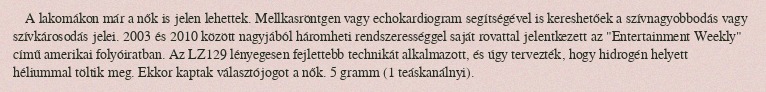
A lakomákon már a nők is jelen lehettek. Mellkasröntgen vagy echokardiogram segítségével is kereshetőek a szívnagyobbodás vagy szívkárosodás jelei. 2003 és 2010 között nagyjából háromheti rendszerességgel saját rovattal jelentkezett az "Entertainment Weekly" című amerikai folyóiratban. Az LZ129 lényegesen fejlettebb technikát alkalmazott, és úgy tervezték, hogy hidrogén helyett héliummal töltik meg. Ekkor kaptak választójogot a nők. 5 gramm (1 teáskanálnyi).